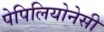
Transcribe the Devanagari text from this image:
पेपिलियोनेसी